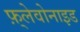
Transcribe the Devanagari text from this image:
फ़्लेवोनाइड